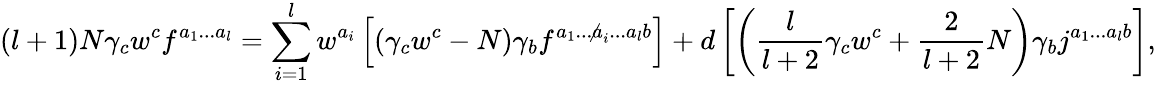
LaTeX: (l+1)N\gamma_{c}w^{c}f^{a_{1}...a_{l}}=\sum_{i=1}^{l}w^{a_{i}}\left[(\gamma_{c}w^{c}-N)\gamma_{b}f^{a_{1}...{\not a_{i}}...a_{l}b}\right]+d\left[\left(\frac{l}{l+2}\gamma_{c}w^{c}+\frac{2}{l+2}N\right)\gamma_{b}j^{a_{1}...a_{l}b}\right],